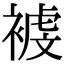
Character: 𧛓